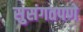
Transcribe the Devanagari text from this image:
सुसंगतपणे